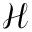
\mathcal { H }